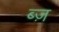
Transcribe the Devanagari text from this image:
ब्ज़